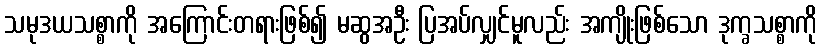
သမုဒယသစ္စာကို အကြောင်းတရားဖြစ်၍ မဆွအဦး ပြအပ်လျှင်မူလည်း အကျိုးဖြစ်သော ဒုက္ခသစ္စာကို